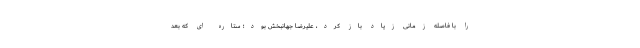
را با فاصله زمانی زیاد باز کرد، علیرضا جهانبخش بود؛ ستاره ای که بعد